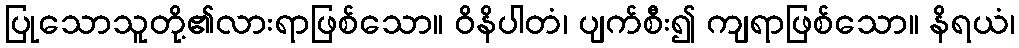
ပြုသောသူတို့၏လားရာဖြစ်သော။ ဝိနိပါတံ၊ ပျက်စီး၍ ကျရာဖြစ်သော။ နိရယံ၊